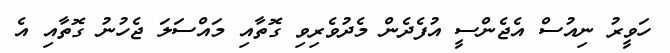
ހަވީރު ނިއުސް އެޖެންސީ އުފެދެން މެދުވެރިވި ގޮތާއި މައްސަލަ ޖެހުނު ގޮތާއި އެ